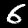
Digit: 6